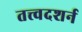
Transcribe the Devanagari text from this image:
तत्त्वदशर्न